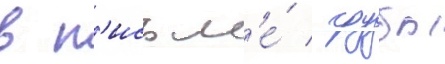
в п'исьм'е́ / грубы